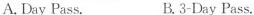
A. Day Pass. B. 3-0Day Pass